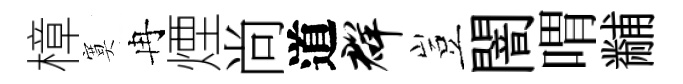
樟寞冉煙尚道群豈闇喟黼